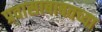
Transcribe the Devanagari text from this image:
प्रवासाबाबतच्या